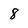
Character: 8